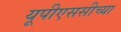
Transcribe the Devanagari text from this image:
यूपीएससीच्या